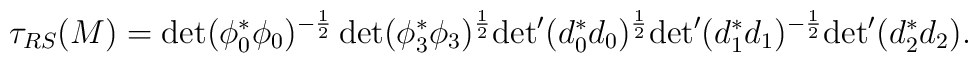
\tau_{RS}(M)=\det(\phi_0^*\phi_0)^{-\frac{1}{2}}\det(\phi_3^*\phi_3)^{\frac{1}{2}}{\det} '(d^*_0d_0)^{\frac{1}{2}}{\det} '(d_1^*d_1)^{-\frac{1}{2}}{\det} '(d^*_2d_2) .